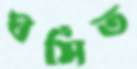
ঘর্সিত